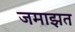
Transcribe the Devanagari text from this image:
जमाझत